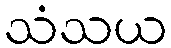
သံသယ